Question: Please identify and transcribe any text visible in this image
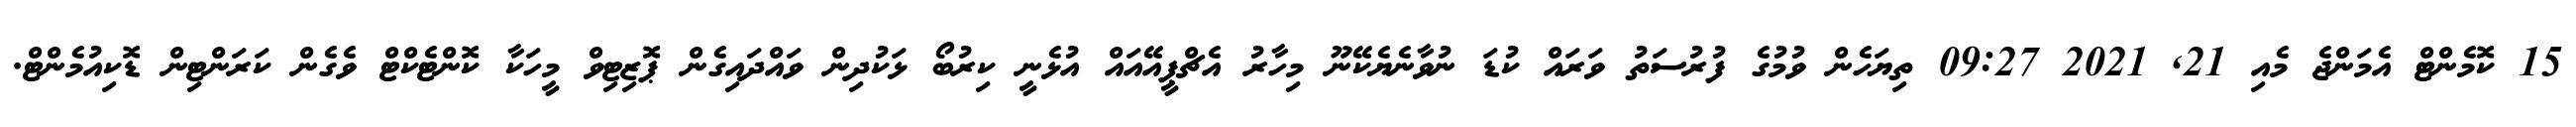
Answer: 15 ކޮމެންޓް އެމަންޖެ މެއި 21, 2021 09:27 ތިޔަހެން ވުމުގެ ފުރުސަތު ވަރައް ކުޑަ ނުވާނެޔެކޭނޫ މިހާރު އެޗްޕީއޭއައް އުޅެނީ ކިރުބޯ ޅަކުދިން ވައްދައިގެން ޕޮޒިޓިވް މީހަކާ ކޮންޓެކްޓް ވެގެން ކަރަންޓިން ޑޮކިއުމެންޓް.